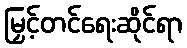
မြှင့်တင်ရေးဆိုင်ရာ